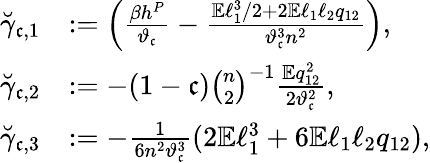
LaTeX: \begin{array}{rl}{\breve{\gamma}_{\mathfrak{c},1}}&{:=\left(\frac{\beta h^{P}}{\vartheta_{\mathfrak{c}}}-\frac{\mathbb{E}\ell_{1}^{3}/2+2\mathbb{E}\ell_{1}\ell_{2}q_{12}}{\vartheta_{\mathfrak{c}}^{3}n^{2}}\right),}\\ {\breve{\gamma}_{\mathfrak{c},2}}&{:=-(1-\mathfrak{c})\binom{n}{2}^{-1}\frac{\mathbb{E}q_{12}^{2}}{2\vartheta_{\mathfrak{c}}^{2}},}\\ {\breve{\gamma}_{\mathfrak{c},3}}&{:=-\frac{1}{6n^{2}\vartheta_{\mathfrak{c}}^{3}}(2\mathbb{E}\ell_{1}^{3}+6\mathbb{E}\ell_{1}\ell_{2}q_{12}),}\end{array}